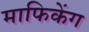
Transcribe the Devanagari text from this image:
माफिकेंग